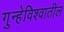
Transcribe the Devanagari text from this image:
गुन्हेविश्वातील